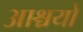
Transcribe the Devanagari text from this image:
आश्चयों